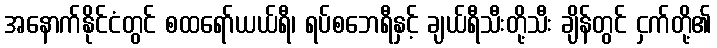
အနောက်နိုင်ငံတွင် စထရော်ယယ်ရီ၊ ရပ်စဘေရီနှင့် ချယ်ရီသီးတို့သီး ချိန်တွင် ငှက်တို့၏